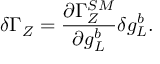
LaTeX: \delta \Gamma _ { Z } = { \frac { \partial \Gamma _ { Z } ^ { S M } } { \partial g _ { L } ^ { b } } } \delta g _ { L } ^ { b } .